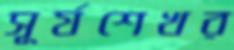
সূর্যশেখর